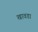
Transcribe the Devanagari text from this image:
खावडा